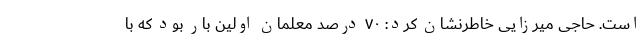
است. حاجی میرزایی خاطرنشان کرد: ۷۰ درصد معلمان اولین بار بود که با